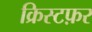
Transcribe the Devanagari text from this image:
क्रिस्टफ़र